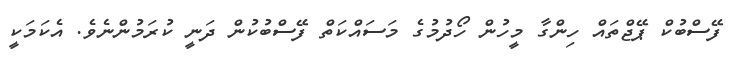
ފޭސްބުކް ޕޭޖްތައް ހިންގާ މީހުން ހޯދުމުގެ މަސައްކަތް ފޭސްބުކުން ދަނީ ކުރަމުންނެވެ. އެކަމަކީ